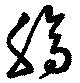
膓